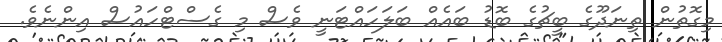
މިގޮތުން ތިނަދޫގެ ބީޗުގެ ބޮޑު ބައެއް ބަލަހައްޓަނީ ވެސް މި ގެސްޓްހައުސް އިންނެވެ.